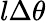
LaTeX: l\Delta\theta